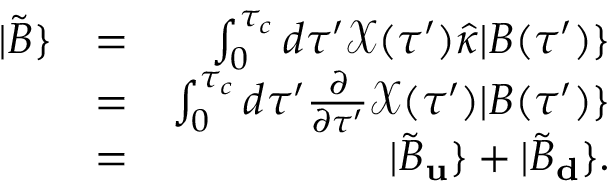
\begin{array} { r l r } { | \tilde { B } \} } & { = } & { \int _ { 0 } ^ { \tau _ { c } } d \tau ^ { \prime } \mathcal { X } ( \tau ^ { \prime } ) \hat { \kappa } | B ( \tau ^ { \prime } ) \} } \\ & { = } & { \int _ { 0 } ^ { \tau _ { c } } d \tau ^ { \prime } \frac { \partial } { \partial \tau ^ { \prime } } \mathcal { X } ( \tau ^ { \prime } ) | B ( \tau ^ { \prime } ) \} } \\ & { = } & { | \tilde { B } _ { \bf u } \} + | \tilde { B } _ { \bf d } \} . } \end{array}